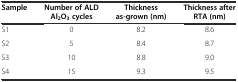
| Sample | Number of ALD Al2O3cycles | Thickness as-grown (nm) | Thickness after RTA (nm) |
 | --- | --- | --- | --- |
 | S1 | 0 | 8.2 | 8.6 |
 | S2 | 5 | 8.4 | 8.7 |
 | S3 | 10 | 8.8 | 9.0 |
 | S4 | 15 | 9.3 | 9.5 |